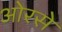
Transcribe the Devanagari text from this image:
ओरसे